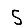
Digit: 5